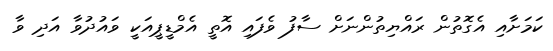
ކަމަށާއި އެގޮތުން ރައްޔިތުންނަށް ސާފު ވެފައި އޮތީ އެމްޑީޕީއަކީ ވައުދުވާ އަދި ވާ